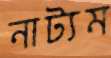
নাট্যম